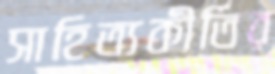
সাহিত্যকীর্তির